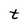
Character: t